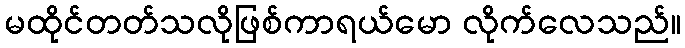
မထိုင်တတ်သလိုဖြစ်ကာရယ်မော လိုက်လေသည်။